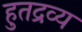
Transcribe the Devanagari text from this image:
हुतद्रव्य